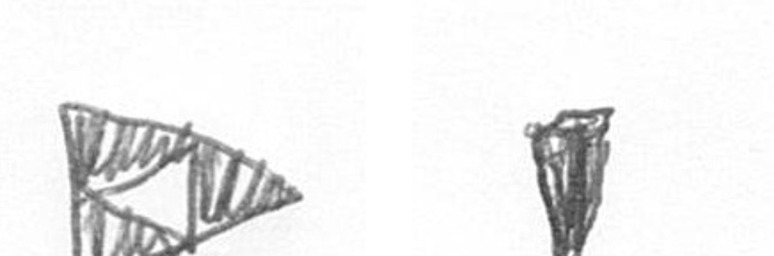
K J